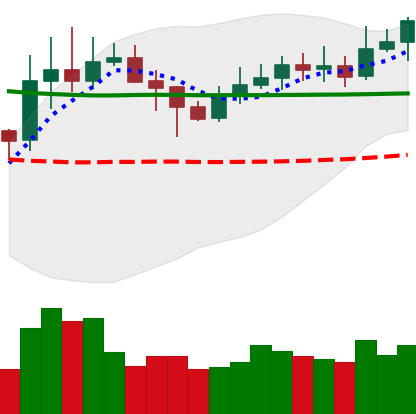
Ticker: XLM-USD
Chart end date: 2020-02-04
Forward return: 9.851%
Label: up_7plus